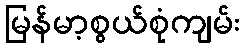
မြန်မာ့စွယ်စုံကျမ်း